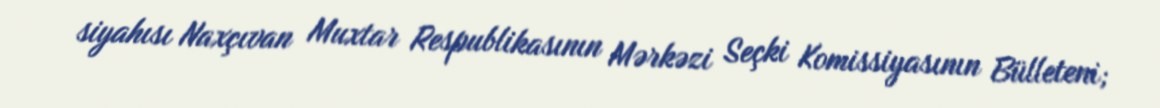
siyahısı Naxçıvan Muxtar Respublikasının Mərkəzi Seçki Komissiyasının Bülleteni;